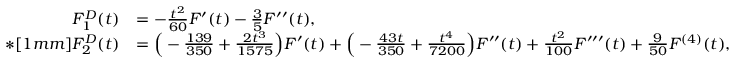
\begin{array} { r l } { F _ { 1 } ^ { D } ( t ) } & { = - \frac { t ^ { 2 } } { 6 0 } F ^ { \prime } ( t ) - \frac { 3 } { 5 } F ^ { \prime \prime } ( t ) , } \\ { * [ 1 m m ] F _ { 2 } ^ { D } ( t ) } & { = \Big ( - \frac { 1 3 9 } { 3 5 0 } + \frac { 2 t ^ { 3 } } { 1 5 7 5 } \Big ) F ^ { \prime } ( t ) + \Big ( - \frac { 4 3 t } { 3 5 0 } + \frac { t ^ { 4 } } { 7 2 0 0 } \Big ) F ^ { \prime \prime } ( t ) + \frac { t ^ { 2 } } { 1 0 0 } F ^ { \prime \prime \prime } ( t ) + \frac { 9 } { 5 0 } F ^ { ( 4 ) } ( t ) , } \end{array}